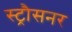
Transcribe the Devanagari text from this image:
स्ट्रौसनर